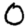
Digit: 0